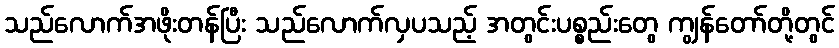
သည်လောက်အဖိုးတန်ပြီး သည်လောက်လှပသည့် အတွင်းပစ္စည်းတွေ ကျွန်တော်တို့တွင်